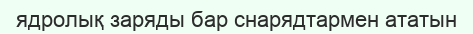
ядролық заряды бар снарядтармен ататын